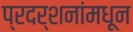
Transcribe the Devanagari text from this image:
प्रदर्शनांमधून